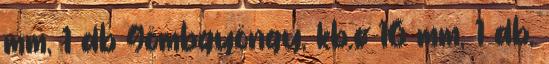
mm, 1 db Gömbgyöngy, kb.ø 16 mm, 1 db,